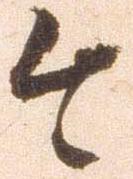
今